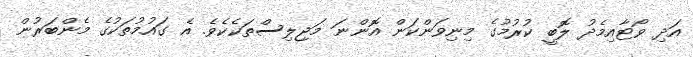
އަދި ވޯޓާއިމެދު ލޮބީ ކުރުމުގެ މިނިވަންކަން އޮންނަ މަޖިލިސްތަކެކެވެ. އެ ގައުމުތަކުގެ މެންބަރުން